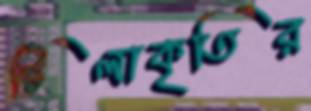
টিলাকৃতির